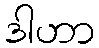
ဒါဟာ